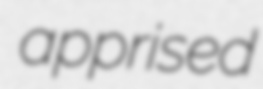
apprised